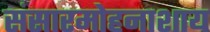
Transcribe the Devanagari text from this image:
संसारमोहनाशाय